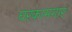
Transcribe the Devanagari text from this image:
घरकामगार